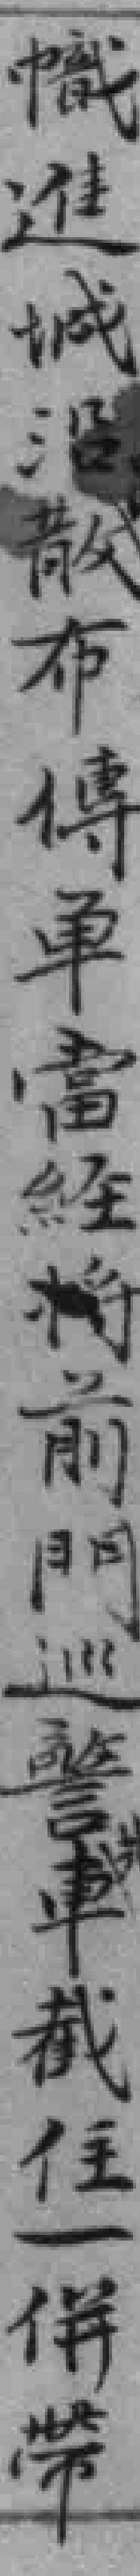
幟進城沿散布傳单當经将前門巡警車截住一併带